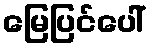
မြေပြင်ပေါ်